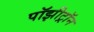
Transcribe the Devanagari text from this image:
पॉझीट्रॉन